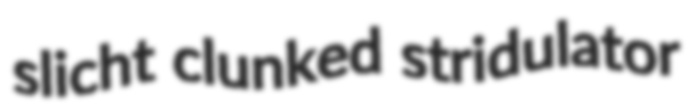
slicht clunked stridulator